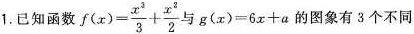
1.已知函数$$f(x)= \frac{x^{2}}{3}+ \frac{x^{2}}{2}$$与$$g(x)=6x+a$$的图象有3个不同